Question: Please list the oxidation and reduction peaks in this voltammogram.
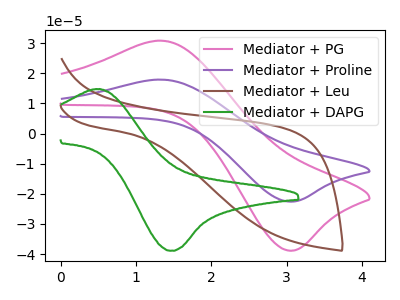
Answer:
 <answer>The pink curve "Mediator + PG" has an anodic peak at (1.35V, 30.80uA) and a cathodic peak at (3.05V, -38.85uA). The purple curve "Mediator + Proline" has an anodic peak at (1.35V, 17.90uA) and a cathodic peak at (3.05V, -22.55uA). The brown curve "Mediator + Leu" has no peaks. The green curve "Mediator + DAPG" has an anodic peak at (0.50V, 14.75uA) and a cathodic peak at (1.45V, -38.90uA).</answer>
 <eval></eval>